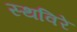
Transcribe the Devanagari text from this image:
स्थविरे